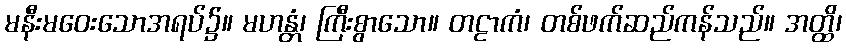
မနီးမဝေးသောအရပ်၌။ မဟန္တံ၊ ကြီးစွာသော။ တဠာကံ၊ တစ်ဖက်ဆည်ကန်သည်။ အတ္ထိ၊